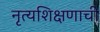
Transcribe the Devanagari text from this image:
नृत्यशिक्षणाची